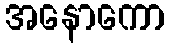
အနောကော